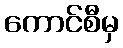
ကောင်စီမှ